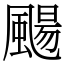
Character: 颺